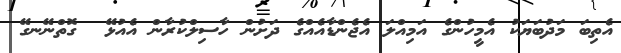
އެތިބަ މަދުބަޔަކު އެމީހުންގެ އަމިއްލަ އެޖެންޑާއެއްގެ ދަށުން ހާސިލްކުރާން އެއުޅޭ  ގޮތްނޭނގޭ